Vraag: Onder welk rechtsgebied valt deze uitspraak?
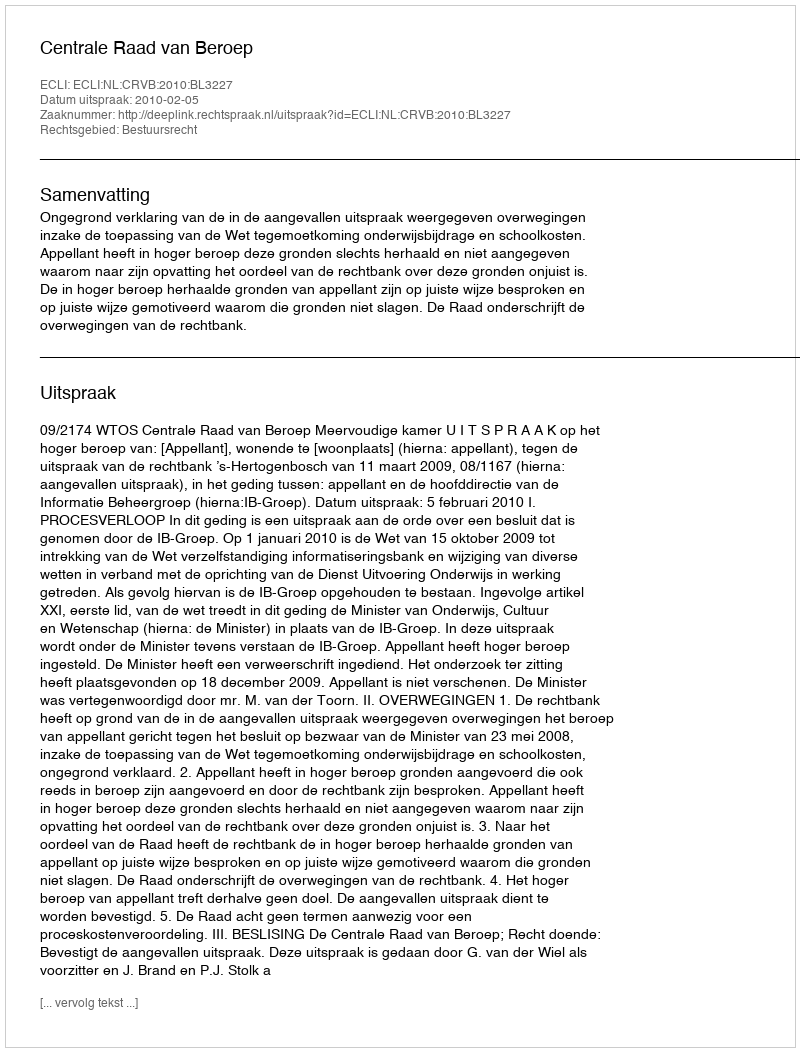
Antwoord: Bestuursrecht